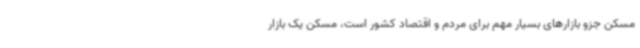
مسکن جزو بازارهای بسیار مهم برای مردم و اقتصاد کشور است، مسکن یک بازار